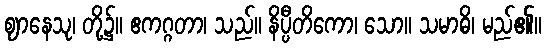
ဈာနေသု၊ တို့၌။ ဧကဂ္ဂတာ၊ သည်။ နိပ္ပီတိကော၊ သော။ သမာဓိ၊ မည်၏။